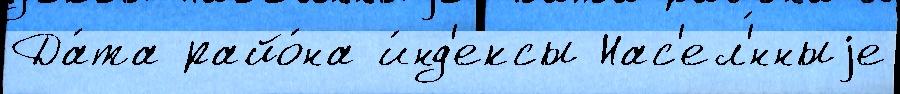
Да́та райо́на и́нд'ексы Нас'ел'́нныjе